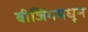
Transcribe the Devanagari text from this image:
बीजिंगमधून